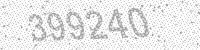
Solution: 399240